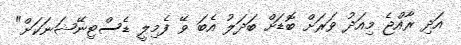
އަދި ރާއްޖެ މިއަދު ވަރަށް ބޮޑަށް ބަދަލު އެބަ ވޭ ފެމިލީ ޑެސްޓިނޭޝަނަކަށް"